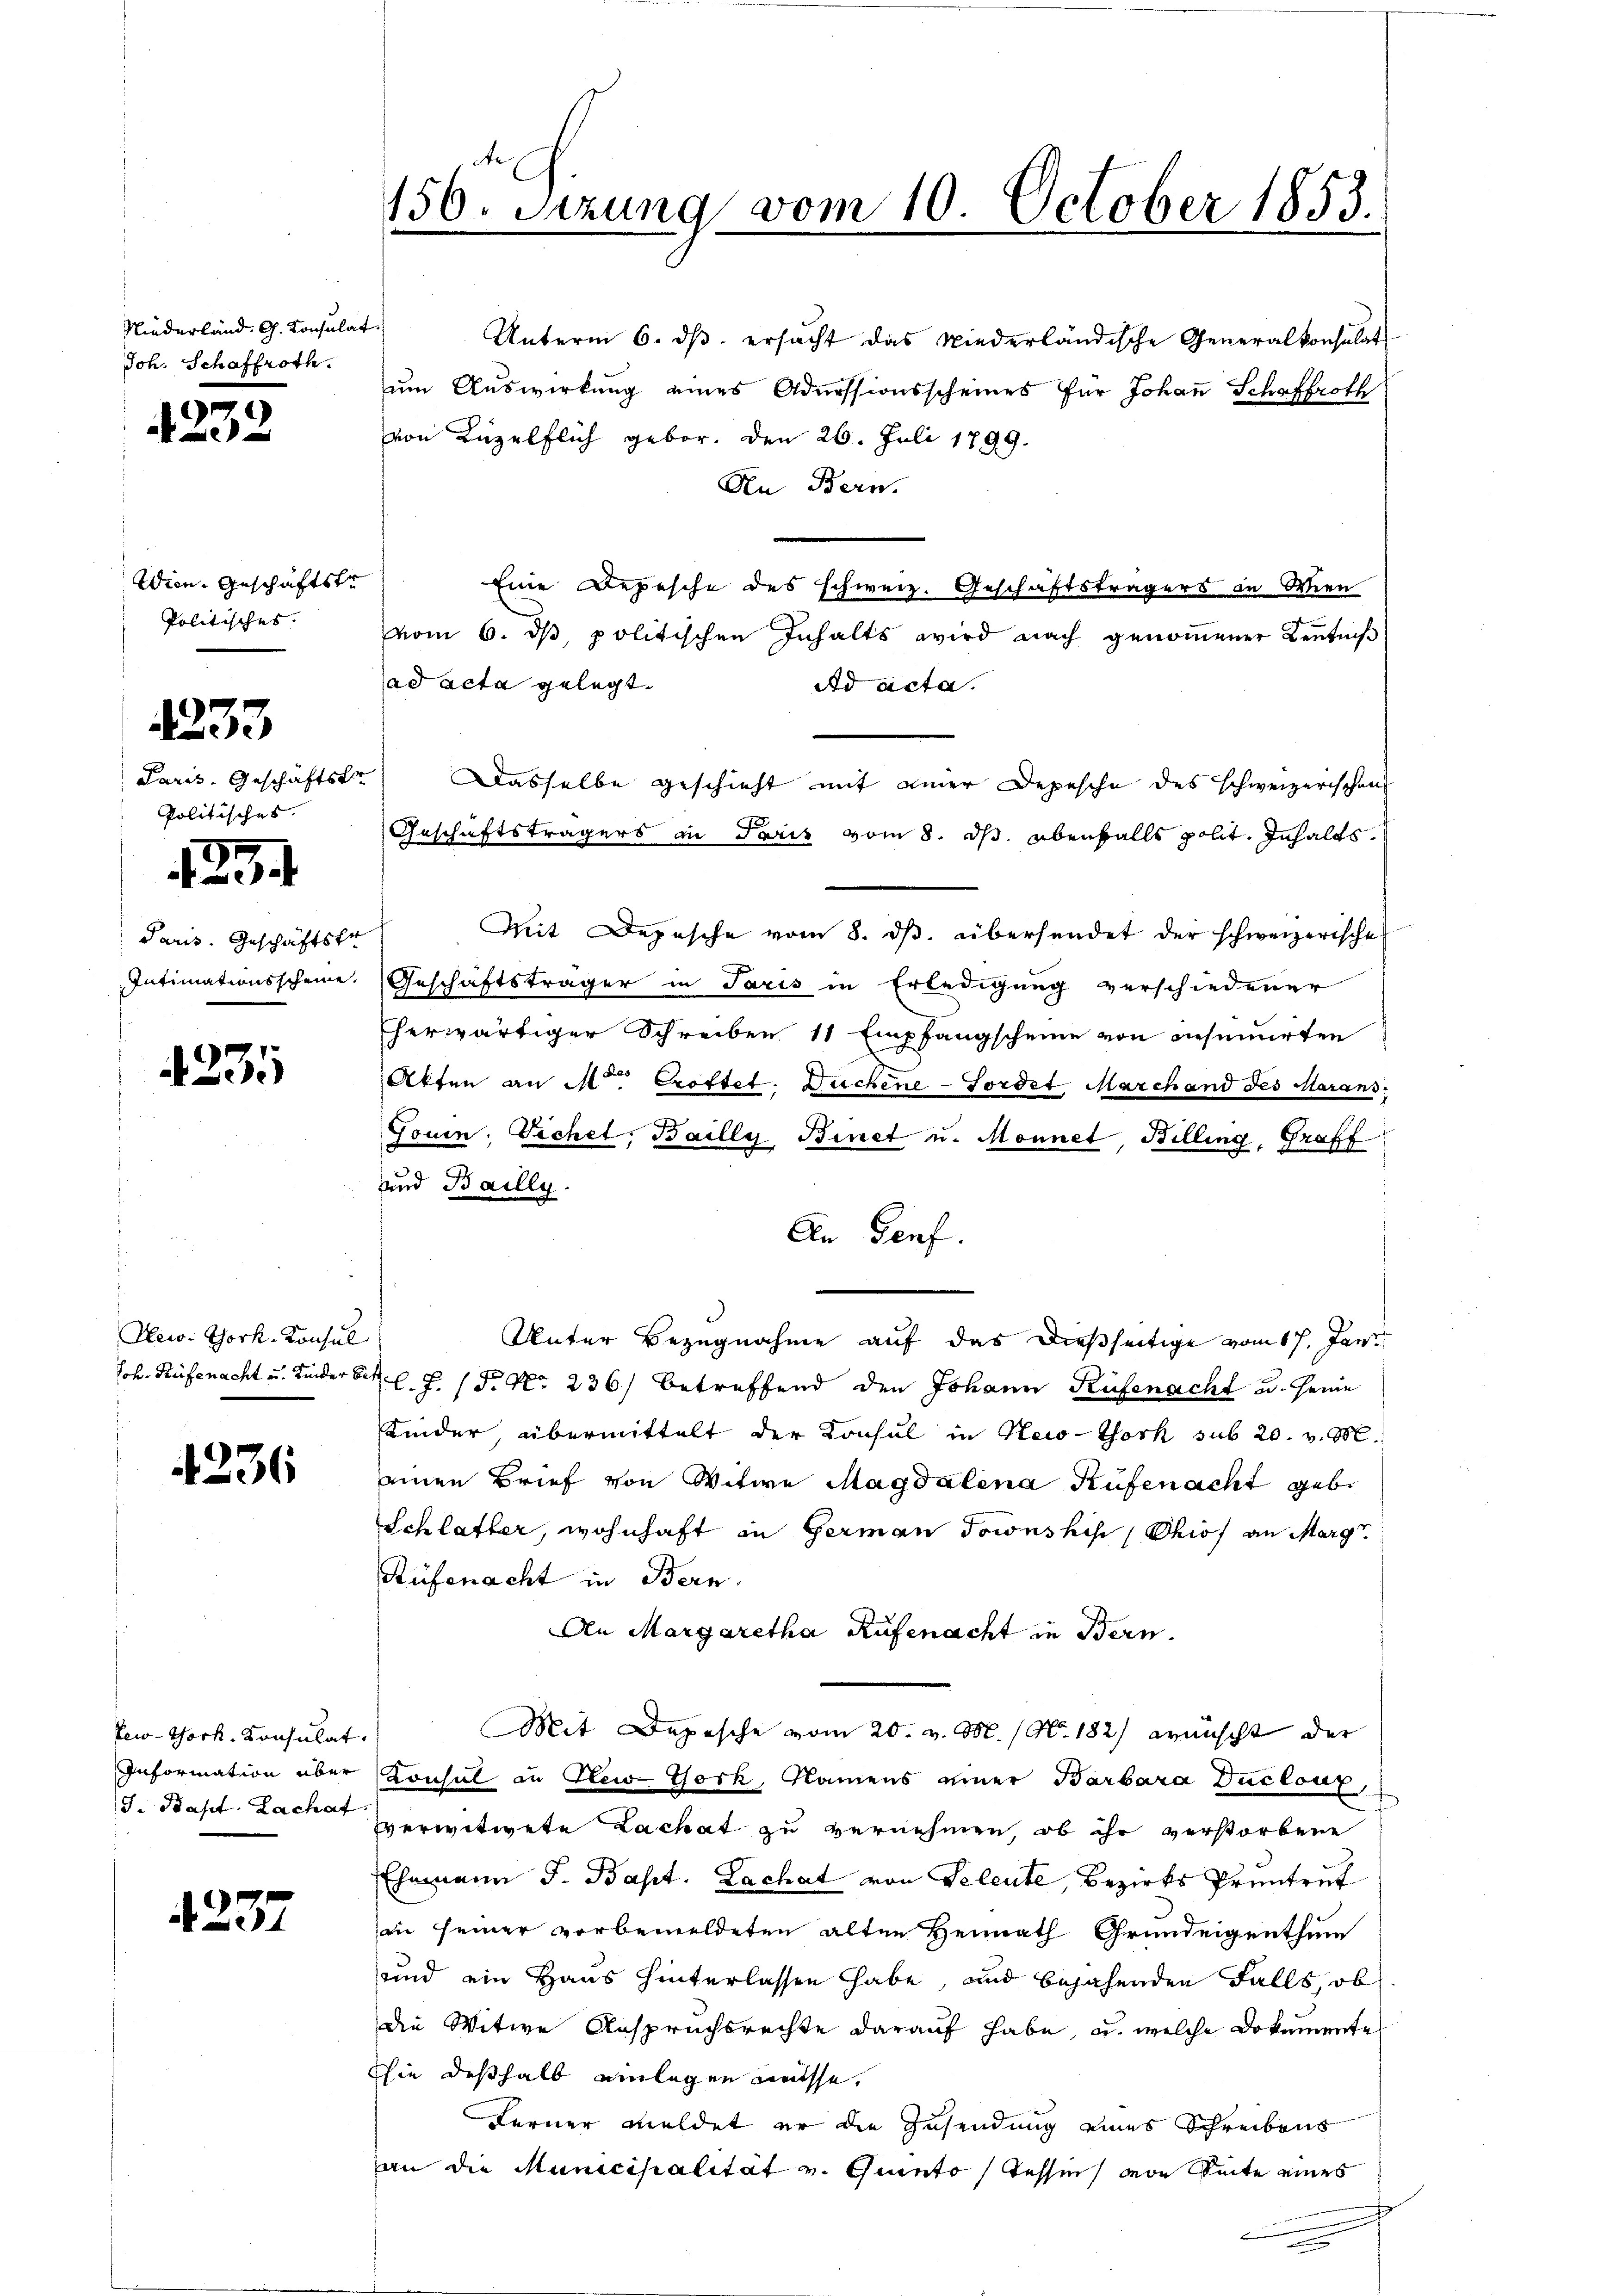
Niederland. G. Consulat
Joh. Schaffroth.

1
2

Wien Geschäftstr
Politisches.

1233

Paris, Geschäftstr
Politisches.

Paris. Geschäftsfor

e
¬

4335

New-York, Konsul

4236

Pew-York. Konsulat
J. Bapt. Zachat

1237

Unterm 6. dβ. ersucht das Niederländische Generalkonsulat
um Auswirkung eines Admissionsscheines für Johaṅ Schaffroth
von Luzelflich gebor. Den 26. Juli 1799.
An Bern.
Eine Depesche des schweiz. Geschäftsträgers in Wien
vom 6. ds, politischen Inhalts wird nach genommener Kenntniß
ad acta gelegt.
Ad acta.
Dasselbe geschieht mit einer Depesche des schweizerischen
Geschäftsträgers in Paris vom 8. ds. ebenfalls polit. Inhalts
Mit Depesche vom 8. dβ. übersendet der schweizerische
Intimationsscheine. Geschäftsträger in Paris in Erledigung verschiedener
herwärtiger Schreiben 11 Empfangscheine von insumirten
Atten an M. Croftet. Duchene Fordet Marchand des Marans
Touin: Sichel, Bailly Binet u. Monnet Billing, Graff
und Bailly.
An Genf.
Unter Bezugnahme auf das dießseitige vom 17. Jan.
Joh. Rüfenacht u. Kinderbett l. J. P. Nr. 236) betreffend den Johann Rüfenacht u. seine
Kinder, übermittelt der Konsul in Neio-Thorn sub 20. v. M.
einen Brief von Witwe Magdalena Rüfenacht gebe
Schlatter, wohnhaft in German Jownskis Phios an Marg
Rüfenacht in Bern.
An Margaretha Rüfenacht in Bern.
Mit Depesche vom 20. v. M. / No. 182) wünscht der
Information über Konsul in New-York, Namens einer Barbara Duclouz
sverwitwete Lachat zu vernehmen, ob ihr verstorbene
Ehemann J. Bapt. Lachat von Seleute, Bezirks Pruntrut
an seiner vorbemeldeten alten Heimath Grundeigenthum
sund ein Haus hinterlassen habe, und bejahenden Falls, ob
die Witwe Anspruchsrechte darauf habe, u. welche Dokumente
hie deßhalb einlegen müsse.
Ferner meldet er die Zusendung eines Schreibens
an die Municipalität v. Ginto, Tessin von Seite eines

de
150. Setzung vom 10. October 1853.